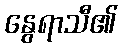
နွေရာသီ၏